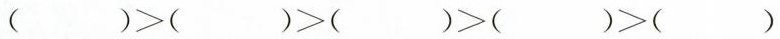
()>()>()>()>()